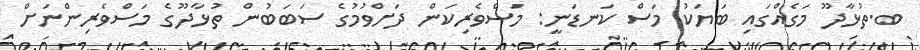
ބ.ތުޅާދޫ މަގެއްގައި ބަޔަކު މަސް ކަނޑަނީ: މަސްވެރިކަން ދަށްވުމުގެ ސަބަބުން ތުޅާދޫގެ މަސްވެރިންނަށް